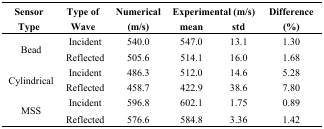
| <ROWSPAN=2> Sensor Type | <ROWSPAN=2> Type of Wave | <ROWSPAN=2> Numerical (m/s) | <COLSPAN=2> Experimental (m/s) | <ROWSPAN=2> Difference (%) |
 | mean | std |
 | --- | --- | --- | --- | --- | --- |
 | <ROWSPAN=2> Bead | Incident | 540.0 | 547.0 | 13.1 | 1.30 |
 | Reflected | 505.6 | 514.1 | 16.0 | 1.68 |
 | <ROWSPAN=2> Cylindrical | Incident | 486.3 | 512.0 | 14.6 | 5.28 |
 | Reflected | 458.7 | 422.9 | 38.6 | 7.80 |
 | <ROWSPAN=2> MSS | Incident | 596.8 | 602.1 | 1.75 | 0.89 |
 | Reflected | 576.6 | 584.8 | 3.36 | 1.42 |